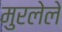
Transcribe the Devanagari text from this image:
मुरलेले